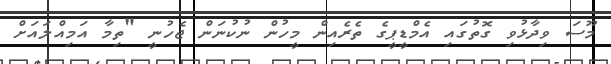
މޫސަ ވިދާޅުވި ގޮތުގައި އެމްޑީޕީގެ ތެރެއިން މީހުން ނުކުނަން ޖެހުނީ "ތިމާ އަމިއްލައަށް